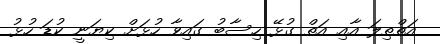
އަތްތިލަ އާއި އަތް ގުޅޭ ހިސާބު ގައިވާ ހުޅަށް ކިޔަނީ ކުޑަ ހުޅު